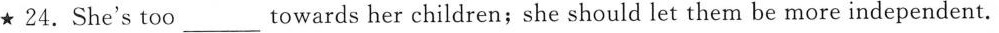
★ 24. She's too ___ towards her children;she should let them be more independent.